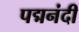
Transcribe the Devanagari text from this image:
पद्मनंदी